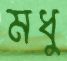
মধু